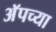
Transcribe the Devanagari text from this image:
अॅपच्या